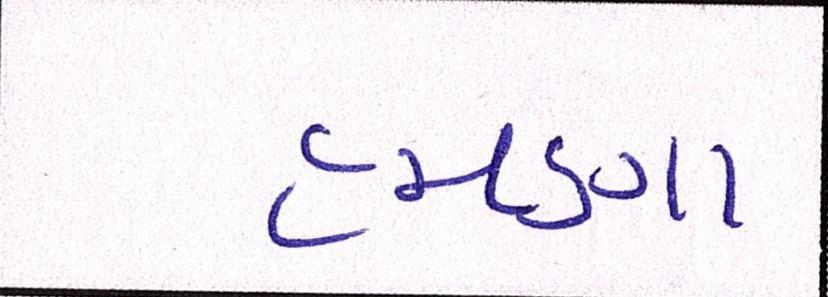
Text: હમણા